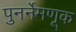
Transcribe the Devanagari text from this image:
पुनर्नेमणूक